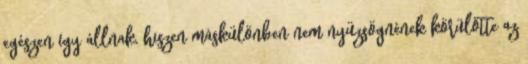
egészen így állnak, hiszen máskülönben nem nyüzsögnének körülötte az